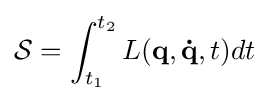
{\mathcal {S}}=\int _{t_{1}}^{t_{2}}L(\mathbf {q} ,\mathbf {\dot {q}} ,t)dt